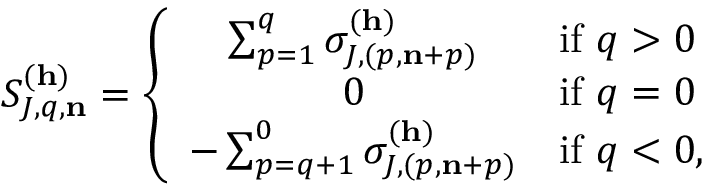
S _ { J , q , \mathbf { n } } ^ { ( \mathbf { h } ) } = \left\{ \begin{array} { c l } { \sum _ { p = 1 } ^ { q } \sigma _ { J , ( p , \mathbf { n } + p ) } ^ { ( \mathbf { h } ) } } & { \mathrm { i f ~ } q > 0 } \\ { 0 } & { \mathrm { i f ~ } q = 0 } \\ { - \sum _ { p = q + 1 } ^ { 0 } \sigma _ { J , ( p , \mathbf { n } + p ) } ^ { ( \mathbf { h } ) } } & { \mathrm { i f ~ } q < 0 , } \end{array} \right.